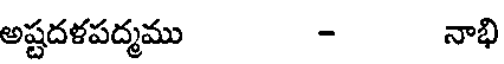
అష్టదళపద్మము - నాభి